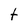
Character: t